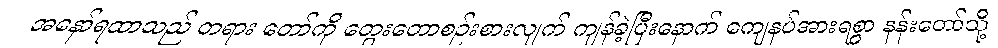
အနော်ရထာသည် တရား တော်ကို တွေးတောစဉ်းစားလျက် ကျန်ခဲ့ပြီးနောက် ကျေနပ်အားရစွာ နန်းတော်သို့